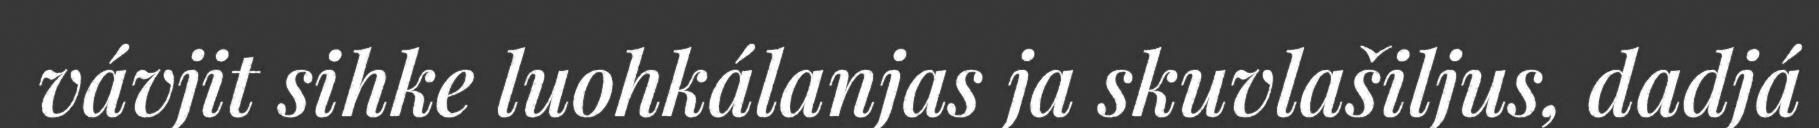
vávjit sihke luohkálanjas ja skuvlašiljus, dadjá